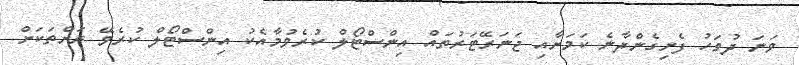
ވަނަ ދުވަހު ފެށިގެންދާނެ ކަމަށާއި ޖަނަރޭޓަރުތައް އިންސްޓޯލް ކުރެވުމާއެކު އިންސްޓޯލް ކުރެވޭ ރަށްތަކަށް